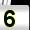
Digit: 5